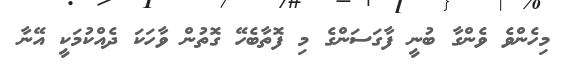
މިހެންވެ ވެންގާ ބުނީ ފާގަސަންގެ މި ފޮތާބެހޭ ގޮތުން ވާހަކަ ދެއްކުމަކީ އޭނާ